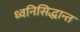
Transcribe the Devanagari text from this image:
ध्वनिसिद्धान्त